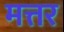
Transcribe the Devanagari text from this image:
मत्तर